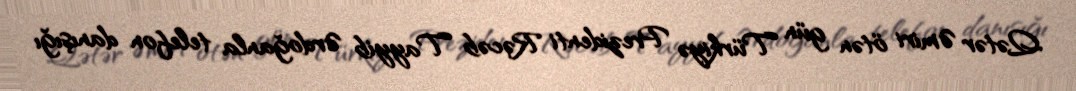
Qətər Əmiri ötən gün Türkiyə Prezidenti Rəcəb Tayyib Ərdoğanla telefon danışığı